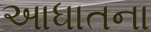
આધાતના